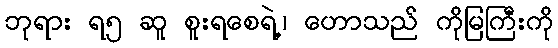
ဘုရား ရ၅ ဆူ စူးရစေရဲ့၊ ဟောသည် ကိုမြကြီးကို